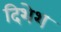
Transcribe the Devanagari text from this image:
दिशेश